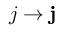
j \to \mathbf { j }